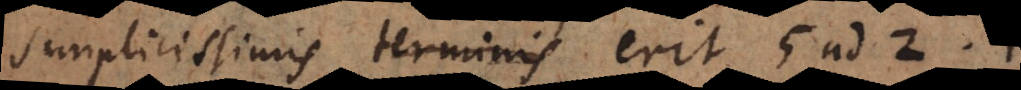
simplicissimis terminis erit 1 ad 3.